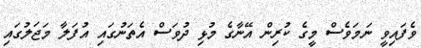
ވެފައިވީ ނަމަވެސް މީގެ ކުރިން އޭނާގެ މުޅި ދުވަސް އެތަނުގައި އުފަލާ މަޖަލުގައި